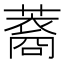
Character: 䕍